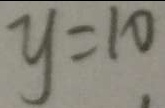
y = 1 0